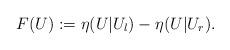
LaTeX: \begin{align*}F(U):=\eta(U|U_l)-\eta(U|U_r).\end{align*}